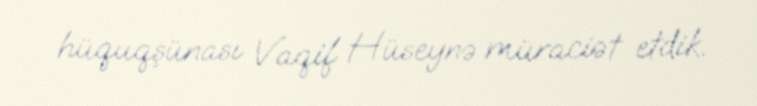
hüquqşünası Vaqif Hüseynə müraciət etdik.